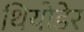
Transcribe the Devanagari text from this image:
थियोडेर